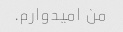
من امیدوارم.